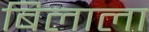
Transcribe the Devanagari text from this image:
बिलाला